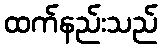
ထက်နည်းသည်